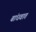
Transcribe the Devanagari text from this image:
बांधवात